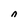
Character: n